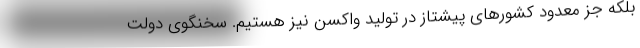
بلکه جز معدود کشورهای پیشتاز در تولید واکسن نیز هستیم. سخنگوی دولت